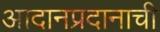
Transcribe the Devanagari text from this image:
आदानप्रदानाची